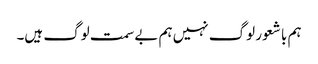
ہم با شعور لوگ نہیں ہم بے سمت لوگ ہیں۔